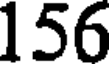
156